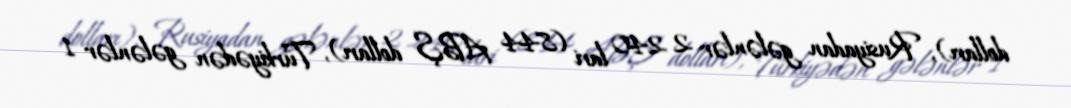
dolları), Rusiyadan gələnlər 2 240 lari (844 ABŞ dolları), Türkiyədən gələnlər 1